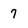
Character: 7